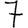
Digit: 7